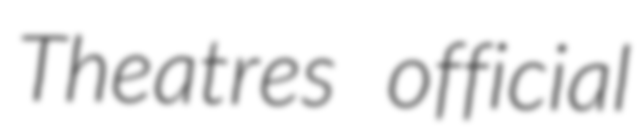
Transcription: Theatres official